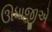
ઊધાજીએ